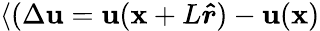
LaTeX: \langle(\Delta\mathbf{u}=\mathbf{u}(\mathbf{x}+L\boldsymbol{\hat{r}})-\mathbf{u}(\mathbf{x})